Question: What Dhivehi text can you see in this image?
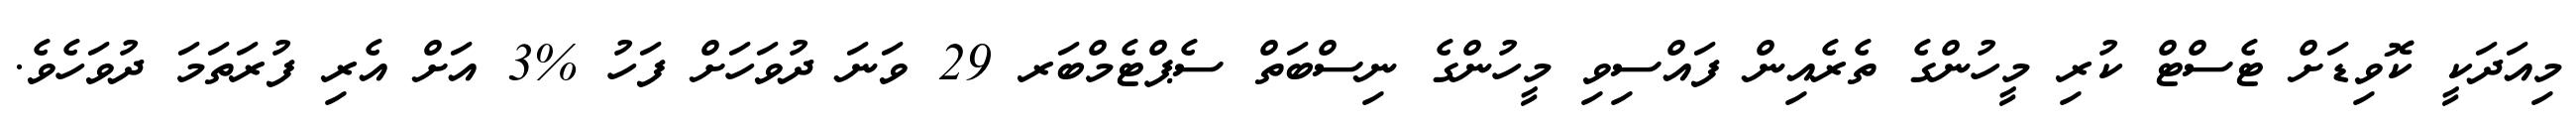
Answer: މިއަދަކީ ކޮވިޑަށް ޓެސްޓް ކުރި މީހުންގެ ތެރެއިން ފައްސިވި މީހުންގެ ނިސްބަތް ސެޕްޓެމްބަރ 29 ވަނަ ދުވަހަށް ފަހު %3 އަށް އެރި ފުރަތަމަ ދުވަހެވެ.